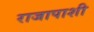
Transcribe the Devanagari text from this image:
राजापाशी